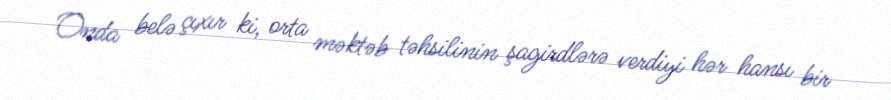
Onda belə çıxır ki, orta məktəb təhsilinin şagirdlərə verdiyi hər hansı bir